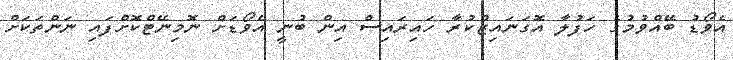
އެވޯޑު ބޭއްވުމުގެ ހަފުލާ އޮގަނައިޒްކުރާ ހައިރައިސް އިން ބުނީ އެވޯޑަށް ނޮމިނޭޓްކޮށްފައި ނަންތަކަށް